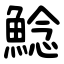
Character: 鯰